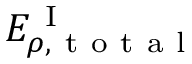
E _ { \rho , \mathrm { ~ t ~ o ~ t ~ a ~ l ~ } } ^ { \mathrm { ~ I ~ } }